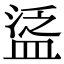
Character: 𥁷